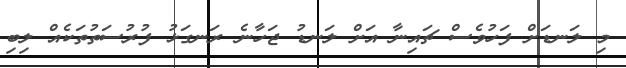
މި ލަނޑަށް ފަހުވެސް ޗައިނާ އަށް ލަނޑު ޖަހާނެ ރަނގަޅު ފުރުސަތުތަކެއް ލިބި